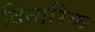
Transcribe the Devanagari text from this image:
दिनारिक